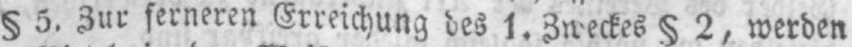
§ 5. Zur ferneren Erreichung des 1. Zweckes § 2, werden